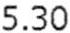
5.30